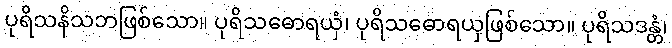
ပုရိသနိသဘဖြစ်သော။ ပုရိသဓောရယှံ၊ ပုရိသဓောရယှဖြစ်သော။ ပုရိသဒန္တံ၊